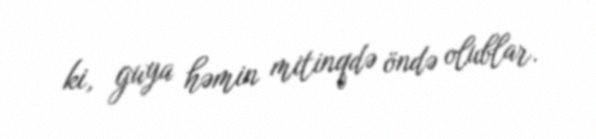
ki, guya həmin mitinqdə öndə olublar.